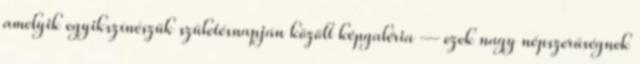
amelyik egyikszínészük születésnapján közölt képgaléria — ezek nagy népszerűségnek